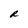
Character: R